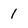
Character: 1